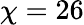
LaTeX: \chi=26